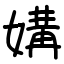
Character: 媾